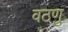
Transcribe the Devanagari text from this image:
वठणु